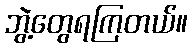
ဘွဲ့တွေရကြတယ်။